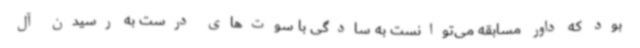
بود که داور مسابقه می‌توانست به سادگی با سوت‌های درست به رسیدن آل